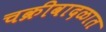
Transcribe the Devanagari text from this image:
चक्रीवादळात